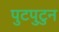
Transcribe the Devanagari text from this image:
पुटपुटुन